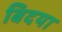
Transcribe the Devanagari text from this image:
बिदया